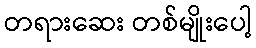
တရားဆေး တစ်မျိုးပေါ့